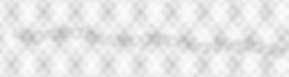
upgirded historiographers thegidder